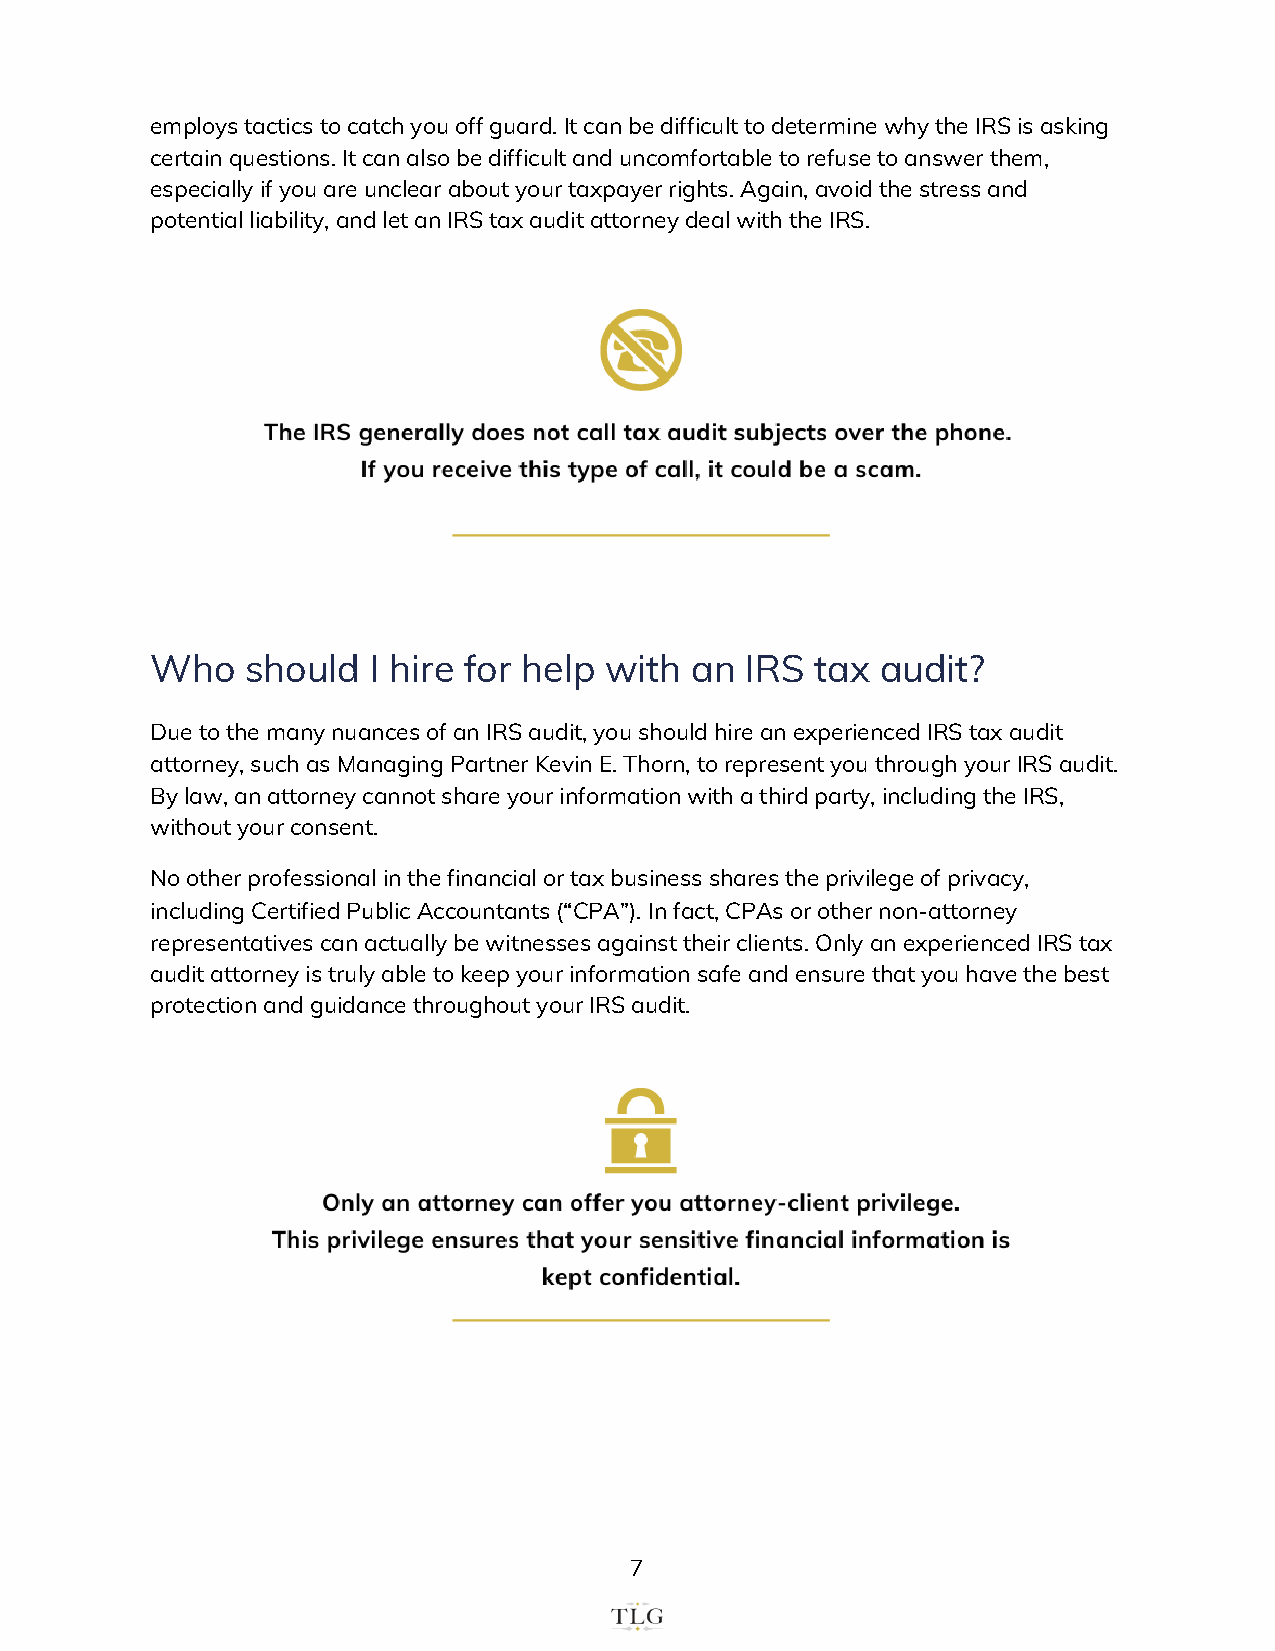
employs tactics to catch you off guard. It can be difficult to determine why the IRS is asking
 certain questions. It can also be difficult and uncomfortable to refuse to answer them,
 especially if you are unclear about your taxpayer rights. Again, avoid the stress and
 potential liability, and let an IRS tax audit attorney deal with the IRS.
 Who   should  I hire for help with  an IRS  tax audit?
 Due to the many nuances of an IRS audit, you should hire an experienced IRS tax audit
 attorney, such as Managing Partner Kevin E. Thorn, to represent you through your IRS audit.
 By law, an attorney cannot share your information with a third party, including the IRS,
 without your consent.
 No other professional in the financial or tax business shares the privilege of privacy,
 including Certified Public Accountants (“CPA”). In fact, CPAs or other non-attorney
 representatives can actually be witnesses against their clients. Only an experienced IRS tax
 audit attorney is truly able to keep your information safe and ensure that you have the best
 protection and guidance throughout your IRS audit.
 7